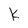
Character: k